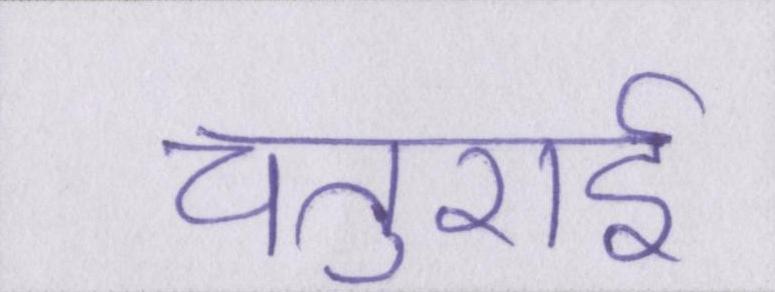
चतुराई